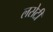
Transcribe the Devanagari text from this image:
लसेटी